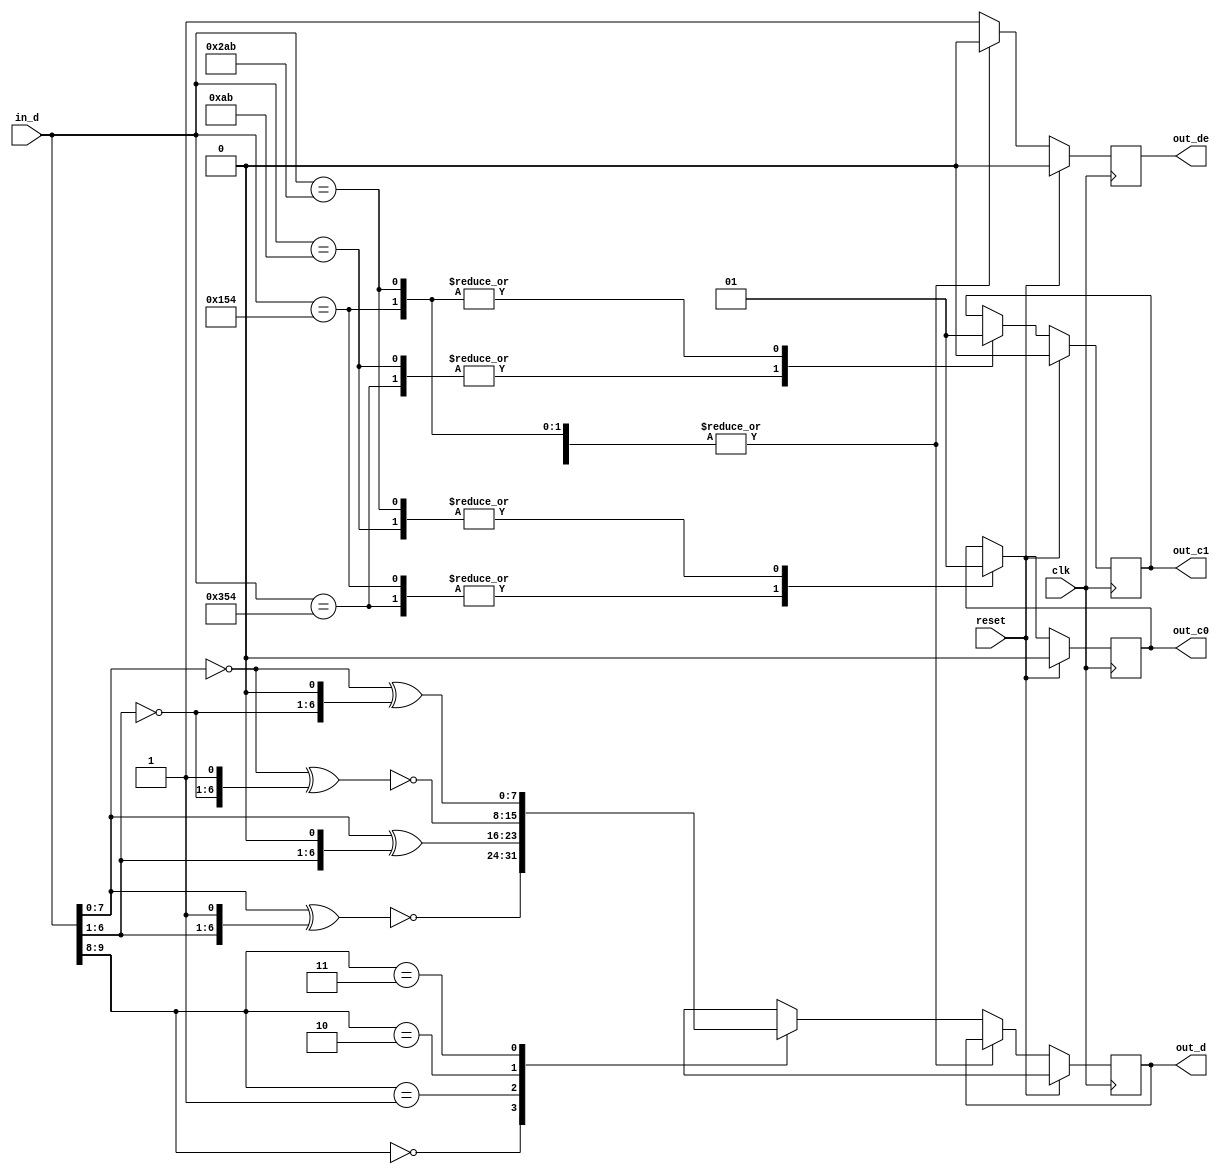
// ---------------------------------------------------------------------------
//  Jelly  -- The platform for real-time computing
//
//                                 Copyright (C) 2008-2015 by Ryuji Fuchikami
//                                 https://github.com/ryuz/jelly.git
// ---------------------------------------------------------------------------



`timescale 1ns / 1ps
`default_nettype none



module jelly_dvi_rx_decode
        (
            input   wire            reset,
            input   wire            clk,
            
            input   wire    [9:0]   in_d,
            
            output  wire            out_de,
            output  wire    [7:0]   out_d,
            output  wire            out_c0,
            output  wire            out_c1
        );
    
    // stage 0
    wire    [9:0]       st0_d = in_d;
    
    // stage 1
    reg                 st1_de;
    reg                 st1_c0;
    reg                 st1_c1;
    reg     [7:0]       st1_d;
    
    always @(posedge clk) begin
        if ( reset ) begin
            st1_de    <= 1'b0;
            st1_c0    <= 1'b0;
            st1_c1    <= 1'b0;
            st1_d     <= {8{1'bx}};
        end
        else begin
            // stage 1
            st1_de <= 1'b0;
            case ( st0_d )
            10'b1101010100: {st1_c1, st1_c0} <= 2'b00;
            10'b0010101011: {st1_c1, st1_c0} <= 2'b01;
            10'b0101010100: {st1_c1, st1_c0} <= 2'b10;
            10'b1010101011: {st1_c1, st1_c0} <= 2'b11;
            default:
                begin
                st1_de <= 1'b1;
                case ( st0_d[9:8] )
                2'b00 : st1_d <= ~( st0_d[7:0] ^ { st0_d[6:1], 1'b1});
                2'b01 : st1_d <=  ( st0_d[7:0] ^ { st0_d[6:1], 1'b0});
                2'b10 : st1_d <= ~(~st0_d[7:0] ^ {~st0_d[6:1], 1'b1});
                2'b11 : st1_d <=  (~st0_d[7:0] ^ {~st0_d[6:1], 1'b0});
                endcase
                end
            endcase
        end
    end
    
    assign out_de = st1_de;
    assign out_d  = st1_d;
    assign out_c0 = st1_c0;
    assign out_c1 = st1_c1;
    
endmodule


`default_nettype wire


// end of file